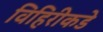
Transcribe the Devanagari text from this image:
विहिरीकडे